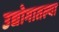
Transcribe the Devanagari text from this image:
उद्योगातल्या